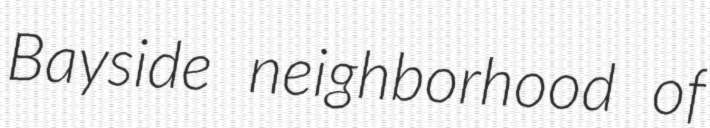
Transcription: Bayside neighborhood of